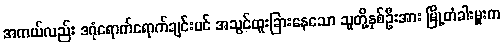
အကယ်လည်း ဒဂုံရောက်ရောက်ချင်းပင် အသွင်ထူးခြားနေသော သူတို့နှစ်ဦးအား မြို့တံခါးမှူးက